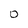
Character: 0